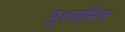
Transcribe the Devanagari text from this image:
पुश्यमित्र